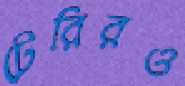
টেরিরও